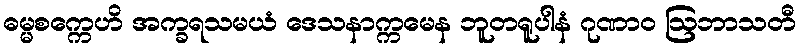
ဓမ္မစက္ကေဟိ အက္ခရသမယံ ဒေသနာက္ကမေန ဘူတရူပါနံ ဂုဏာဝ ဩဘာသတီ